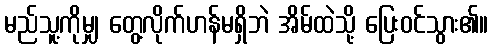
မည်သူ့ကိုမျှ တွေ့လိုက်ဟန်မရှိဘဲ အိမ်ထဲသို့ ပြေးဝင်သွား၏။